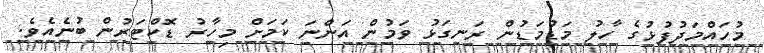
މުހައްމަދުފުޅުގެ ހާލު މަޑުމަޑުން ރަނގަޅު ވަމުން އަންނަ ކަމަށް މިހާރު ޑޮކްޓަރުން ބުނެއެވެ.